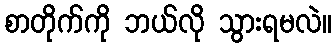
စာတိုက်ကို ဘယ်လို သွားရမလဲ။